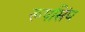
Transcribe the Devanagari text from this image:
रूपसिंघ